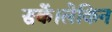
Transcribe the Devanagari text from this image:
सकें।लेकिन